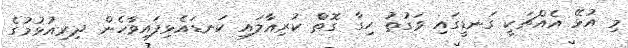
މި އުޅޭ އެއްޗަކީ ގަނޑީގައި ވަގުތު ހިގާ ގޮތް ކުރިއާލައި ކަނޑައެޅިފައިވާހެން ދިރިއުޅުމުގެ